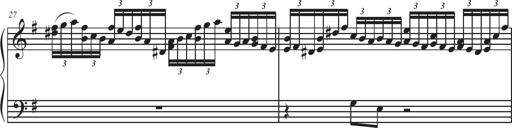
Title: Sonatina Espania
Composer: Jerald Franklin Archer
Key: Various